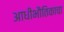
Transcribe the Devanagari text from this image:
आधीभौतिकाचा